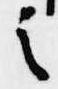
之